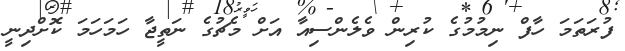
ފުރަތަމަ ހާފް ނިމުމުގެ ކުރިން ވެލެންސިއާ އަށް މެޗުގެ ނަތީޖާ ހަމަހަމަ ކޮށްދިނީ